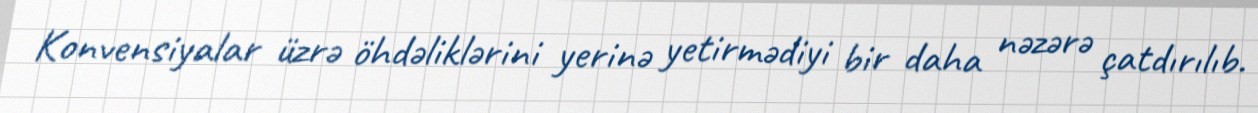
Konvensiyalar üzrə öhdəliklərini yerinə yetirmədiyi bir daha nəzərə çatdırılıb.